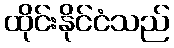
ထိုင်းနိုင်ငံသည်